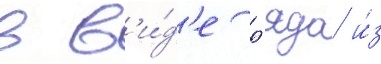
в в'и́д'е р'яда и́з